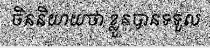
ចិននិយាយថា ខ្លួនបានទទួល